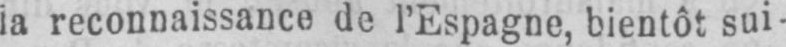
ia reconnaissance de l’Espagne, bientôt sui-